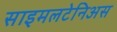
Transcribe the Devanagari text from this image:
साइमलटेनिअस